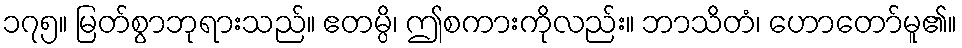
၁၇၅။ မြတ်စွာဘုရားသည်။ ဧတမ္ပိ၊ ဤစကားကိုလည်း။ ဘာသိတံ၊ ဟောတော်မူ၏။